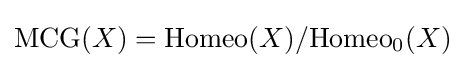
{\rm {MCG}}(X)={\rm {Homeo}}(X)/{\rm {Homeo}}_{0}(X)